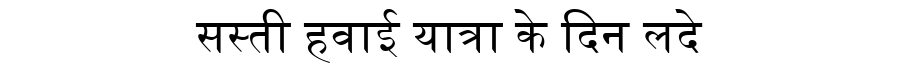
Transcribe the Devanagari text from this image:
सस्ती हवाई यात्रा के दिन लदे